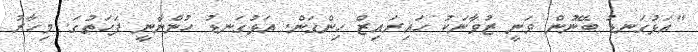
"އަޅުގަނޑު ބޭނުން ވަނީ ޒުވާނަކު ހައިރައިޒް ހިންގަން. އަޅުގަނޑު ހުންނާނީ ފަހަތުގަ. މިހާރު